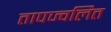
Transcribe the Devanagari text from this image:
तापज्वलित